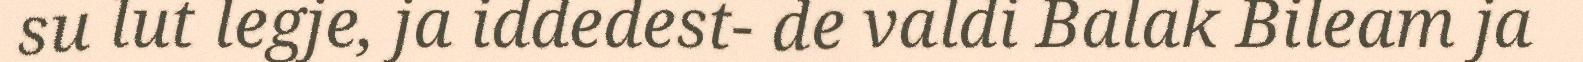
su lut legje, ja iddedest- de valdi Balak Bileam ja